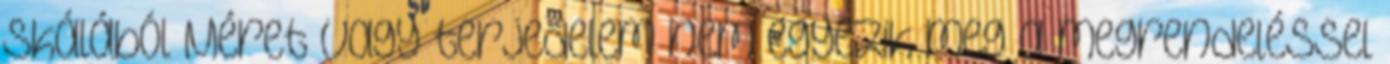
skálából Méret vagy terjedelem nem egyezik meg a megrendeléssel